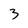
Character: 3